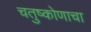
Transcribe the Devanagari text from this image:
चतुष्कोणाचा